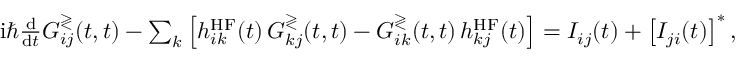
\begin{array} { r } { \mathrm { i } \hbar \frac { \mathrm { d } } { \mathrm { d } t } G _ { i j } ^ { \gtrless } ( t , t ) - \sum _ { k } \left[ h _ { i k } ^ { \mathrm { H F } } ( t ) \, G _ { k j } ^ { \gtrless } ( t , t ) - G _ { i k } ^ { \gtrless } ( t , t ) \, h _ { k j } ^ { \mathrm { H F } } ( t ) \right] = I _ { i j } ( t ) + \left[ I _ { j i } ( t ) \right] ^ { * } , } \end{array}